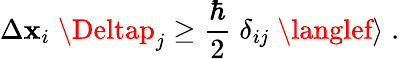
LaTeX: \Delta\mathbf{x}_{i}\; \Deltap_{j}\ge\frac{{\hbar}}{{2}}\; \delta_{ij}\; \langlef\rangle\; .